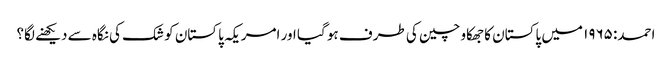
احمد: ۱۹۶۵ میں پاکستان کا جھکاو چین کی طرف ہو گیا اور امریکہ پاکستان کو شک کی نگاہ سے دیکھنے لگا؟